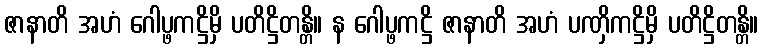
ဇာနာတိ အဟံ ဂေါပ္ဖကဋ္ဌိမှိ ပတိဋ္ဌိတန္တိ။ န ဂေါပ္ဖကဋ္ဌိ ဇာနာတိ အဟံ ပဏှိကဋ္ဌိမှိ ပတိဋ္ဌိတန္တိ။